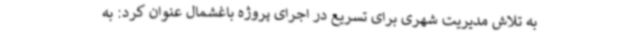
به تلاش مدیریت شهری برای تسریع در اجرای پروژه باغشمال عنوان کرد: به